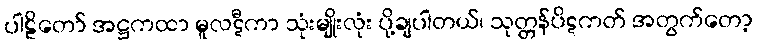
ပါဠိတော် အဋ္ဌကထာ မူလဋီကာ သုံးမျိုးလုံး ပို့ချပါတယ်၊ သုတ္တန်ပိဋကတ် အတွက်တော့